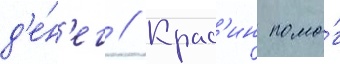
д'е́н'ег // Крас'ин помо́г